Sanitation, dispensaries and jails vaccination Rajputana 1922-1927 - 1922-1927
Year: 1922
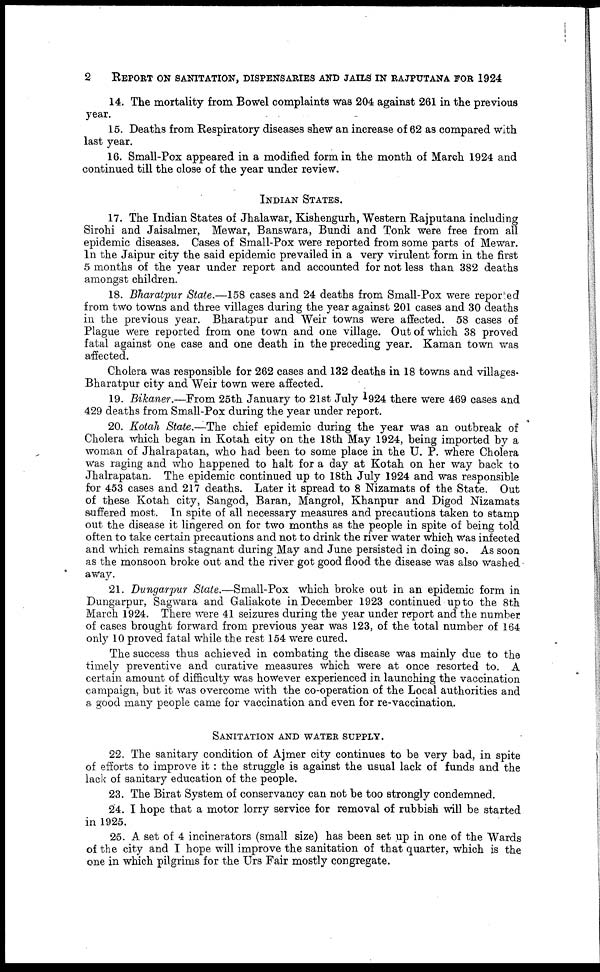
2
REPORT ON SANITATION, DISPENSARIES AND JAILS IN RAJPUTANA FOR 1924
14. The mortality from Bowel complaints was 204 against 261 in the previous
year.
15. Deaths from Respiratory diseases shew an increase of 62 as compared with
last year.
16. Small-Pox appeared in a modified form in the month of March 1924 and
continued till the close of the year under review.
INDIAN STATES.
17. The Indian States of Jhalawar, Kishengurh, Western Rajputana including
Sirohi and Jaisalmer, Mewar, Banswara, Bundi and Tonk were free from all
epidemic diseases. Cases of Small-Pox were reported from some parts of Mewar.
In the Jaipur city the said epidemic prevailed in a very virulent form in the first
5 months of the year under report and accounted for not less than 382 deaths
amongst children.
18. Bharatpur State.—158 cases and 24 deaths from Small-Pox were reported
from two towns and three villages during the year against 201 cases and 30 deaths
in the previous year. Bharatpur and Weir towns were affected. 58 cases of
Plague were reported from one town and one village. Out of which 38 proved
fatal against one case and one death in the preceding year. Kaman town was
affected.
Cholera was responsible for 262 cases and 132 deaths in 18 towns and villages.
Bharatpur city and Weir town were affected.
19. Bikaner.—From 25th January to 21st July 1924 there were 469 cases and
429 deaths from Small-Pox during the year under report.
20. Kotah State.—The chief epidemic during the year was an outbreak of
Cholera which began in Kotah city on the 18th May 1924, being imported by a
woman of Jhalrapatan, who had been to some place in the U. P. where Cholera
was raging and who happened to halt for a day at Kotah on her way back to
Jhalrapatan. The epidemic continued up to 18th July 1924 and was responsible
for 453 cases and 217 deaths. Later it spread to 8 Nizamats of the State. Out
of these Kotah city, Sangod, Baran, Mangrol, Khanpur and Digod Nizamats
suffered most. In spite of all necessary measures and precautions taken to stamp
out the disease it lingered on for two months as the people in spite of being told
often to take certain precautions and not to drink the river water which was infected
and which remains stagnant during May and June persisted in doing so. As soon
as the monsoon broke out and the river got good flood the disease was also washed
away.
21. Dungarpur State.—Small-Pox
which broke out in an epidemic form in
Dungarpur, Sagwara and Galiakote in December 1923 continued up to the 8th
March 1924. There were 41 seizures during the year under report and the number
of cases brought forward from previous year was 123, of the total number of 164
only 10 proved fatal while the rest 154 were cured.
The success thus achieved in combating the disease was mainly due to the
timely preventive and curative measures which were at once resorted to. A
certain amount of difficulty was however experienced in launching the vaccination
campaign, but it was overcome with the co-operation of the Local authorities and
a good many people came for vaccination and even for re-vaccination.
SANITATION AND WATER SUPPLY.
22. The sanitary condition of Ajmer city continues to be very bad, in spite
of efforts to improve it : the struggle is against the usual lack of funds and the
lack of sanitary education of the people.
23. The Birat System of conservancy can not be too strongly condemned.
24. I hope that a motor lorry service for removal of rubbish will be started
in 1925.
25. A set of 4 incinerators (small size) has been set up in one of the Wards
of the city and I hope will improve the sanitation of that quarter., which is the
one in which pilgrims for the Urs Fair mostly congregate.